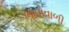
ભાવોવાળી